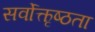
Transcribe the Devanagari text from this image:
सर्वोत्कृष्ठता